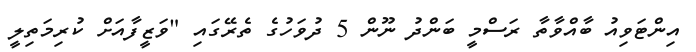
އިންޓަވިއު ބާއްވާތާ ރަސްމީ ބަންދު ނޫން 5 ދުވަހުގެ ތެރޭގައި "ވަޒީފާއަށް ކުރިމަތިލީ